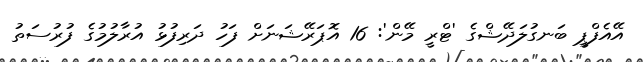
އޭއެފްޕީ ބަނގުލަދޭޝްގެ 'ޓްރީ މޭން': 16 އޮޕަރޭޝަނަށް ފަހު ދަރިފުޅު އުރާލުމުގެ ފުރުސަތު